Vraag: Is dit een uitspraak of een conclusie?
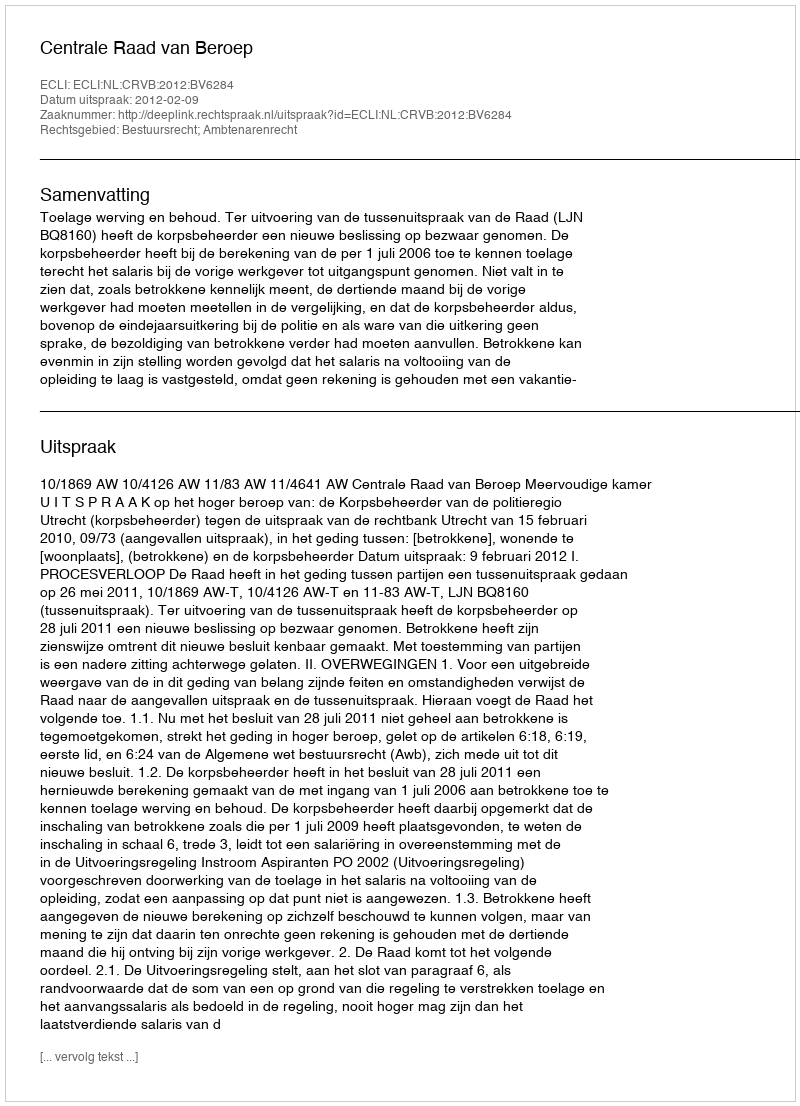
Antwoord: Uitspraak